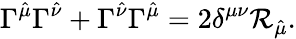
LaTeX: \Gamma^{\hat{\mu}}\Gamma^{\hat{\nu}}+\Gamma^{\hat{\nu}}\Gamma^{\hat{\mu}}=2\delta^{\mu\nu}\mathcal{R}_{\hat{\mu}}.